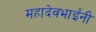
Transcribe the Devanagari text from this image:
महादेवभाईंनी